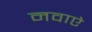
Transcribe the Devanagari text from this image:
नवाऐ